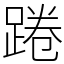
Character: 踡